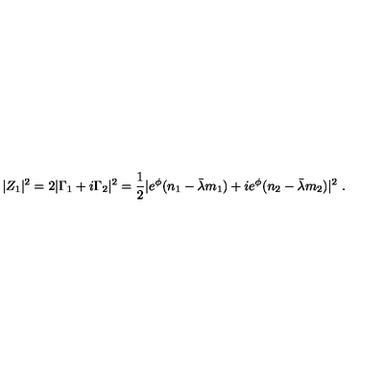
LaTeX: | Z _ { 1 } | ^ { 2 } = 2 | \Gamma _ { 1 } + i \Gamma _ { 2 } | ^ { 2 } = { \frac { 1 } { 2 } } | e ^ { \phi } ( n _ { 1 } - \bar { \lambda } m _ { 1 } ) + i e ^ { \phi } ( n _ { 2 } - \bar { \lambda } m _ { 2 } ) | ^ { 2 } \ .